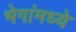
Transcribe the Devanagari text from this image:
भेगांमध्ये